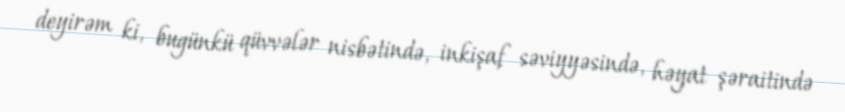
deyirəm ki, bugünkü qüvvələr nisbətində, inkişaf səviyyəsində, həyat şəraitində